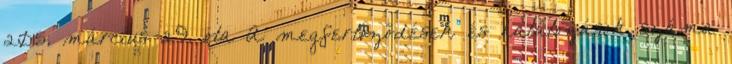
2015. március 29. óta A megfertőződések és halálozások száma